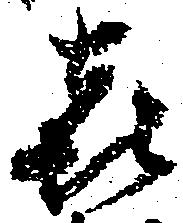
喜